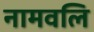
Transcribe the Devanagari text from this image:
नामवलि